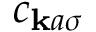
c _ { \mathbf { k } a \sigma }